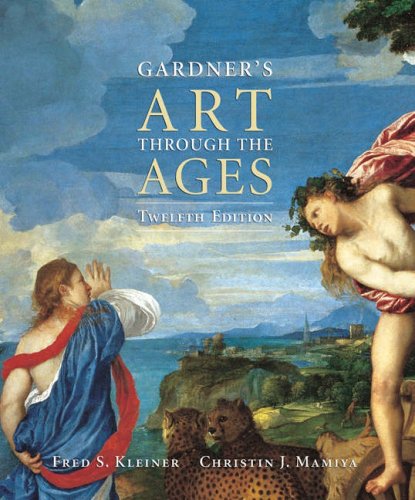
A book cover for Gardner's Art Through the Ages; Fred S. Kleiner; Crafts, Hobbies & Home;